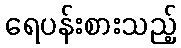
ရေပန်းစားသည့်